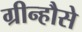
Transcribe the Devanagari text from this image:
ग्रीन्हौसे